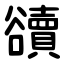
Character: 豄